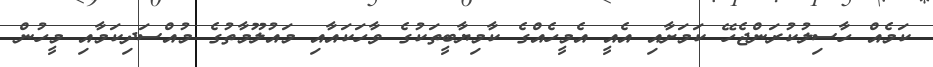
ކަމެއް ހާސިލުކުރަންޖެހޭ ކަމަށާއި އެއީ އެމީހެއްގެ ކާމިޔާބީތަކުގެ ވާހަކައާއި މައުލޫމާތުގެ މުއްސަދިކަމާއި މީހުން